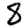
Digit: 8